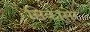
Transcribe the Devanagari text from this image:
सिकासेर